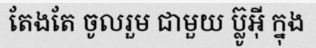
តែងតែ ចូលរួម ជាមួយ ប្ល៊ូអ៊ី ក្នុង